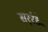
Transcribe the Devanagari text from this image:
सर्ंरंध्र